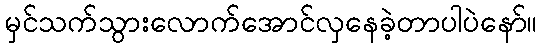
မှင်သက်သွားလောက်အောင်လှနေခဲ့တာပါပဲနော်။